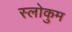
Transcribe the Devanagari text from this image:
स्लोकुम